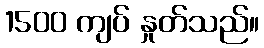
1500 ကျပ် နှုတ်သည်။